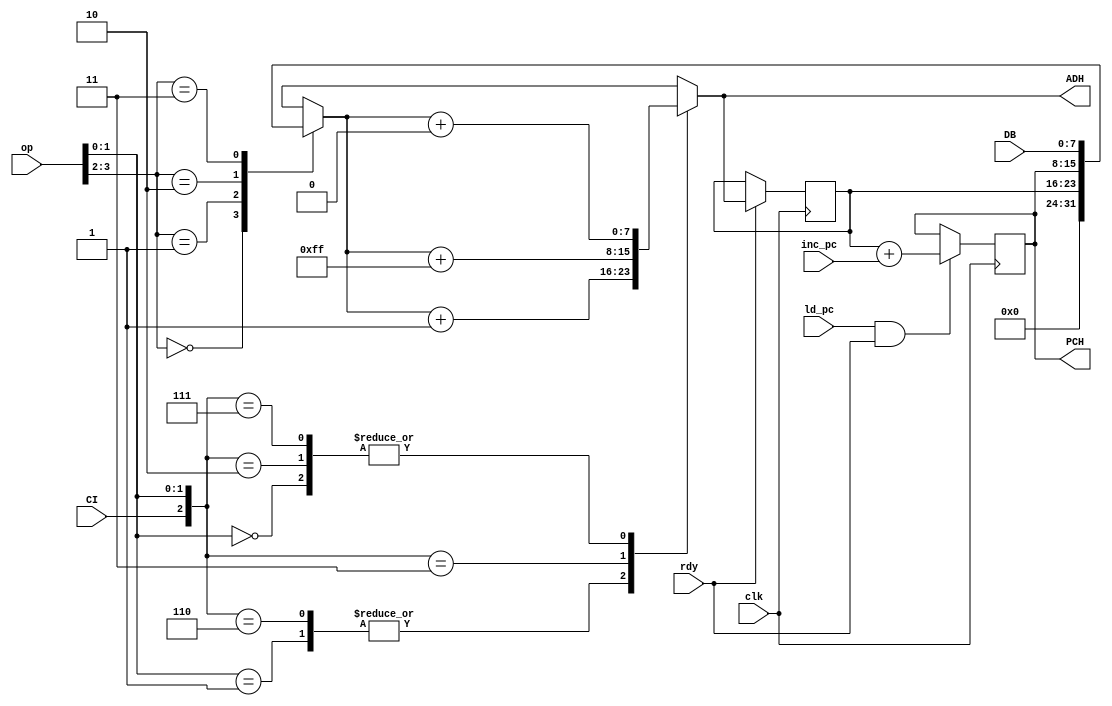
/*
 * abh -- calculates next value of ABH (Address Bus High)
 *
 * (C) Arlet Ottens <arlet@c-scape.nl> 
 */
module abh( 
    input clk,
    input rdy,
    input CI,               // carry input from ABL module
    input [7:0] DB,         // Data Bus
    input [3:0] op,         // operation
    input ld_pc,            // load PC 
    input inc_pc,           // increment PC
    output reg [7:0] PCH,   // Program Counter high
    output reg [7:0] ADH    // unregistered version of ABH
);

reg [7:0] ABH;
reg [7:0] base;

/*   
 *  op  |  base
 * =====|========= 
 * 00-- |  00
 * 01-- |  ABH
 * 10-- |  PCH
 * 11-- |  DB
 */ 
always @(*)
    case( op[3:2] )
        2'b00: base = 8'h0; 
        2'b01: base = ABH; 
        2'b10: base = PCH;
        2'b11: base = DB;
    endcase

 
/*
 * ADH adder
 *
 *  op  | value added to base
 * =====|====================
 * --00 | +0 
 * --01 | +1 
 * --10 | +CI 
 * --11 | -1 + CI 
 */

always @(*)
    casez( {CI, op[1:0]} )
        3'b?00: ADH = base + 8'h00;
        3'b?01: ADH = base + 8'h01;
        3'b010: ADH = base + 8'h00;
        3'b110: ADH = base + 8'h01;
        3'b011: ADH = base + 8'hff;
        3'b111: ADH = base + 8'h00;
    endcase

/*
 * register the new value
 */
always @(posedge clk)
    if( rdy )
        ABH <= ADH;

/*
 * update Program Counter High
 */
always @(posedge clk)
    if( ld_pc & rdy )
        PCH <= ABH + inc_pc;

endmodule